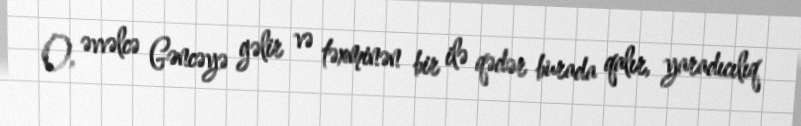
O, əvvəlcə Gəncəyə gəlir və təxminən bir ilə qədər burada qalır, yaradıcılıq